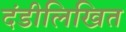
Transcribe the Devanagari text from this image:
दंडीलिखित